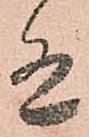
有